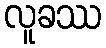
လူခဿ